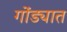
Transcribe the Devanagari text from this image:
गोंड्यात